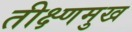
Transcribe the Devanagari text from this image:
तीक्ष्णमुख